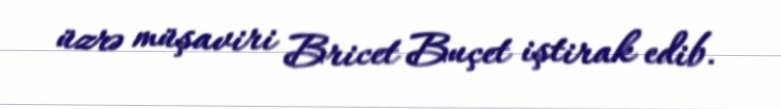
üzrə müşaviri Bricet Buçet iştirak edib.